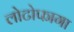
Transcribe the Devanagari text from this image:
लोटोफागा